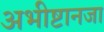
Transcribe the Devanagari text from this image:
अभीष्टानजा